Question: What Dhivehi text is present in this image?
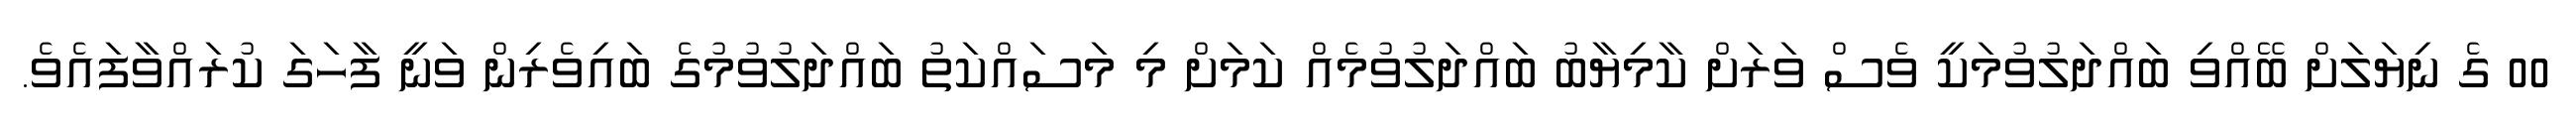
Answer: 00 ގެ ނިޔަލަށް ބޭއްވި ބައްދަލުވުމަކީ ވެސް ވަރަށް ކާމިޔާބު ބައްދަލުވުމެއް ކަމަށް މި މަސައްކަތު ބައްދަލުވުމުގެ ބައިވެރިން ވަނީ ފާހަގަ ކުރައްވާފައެވެ.